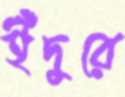
ইঁদুরে